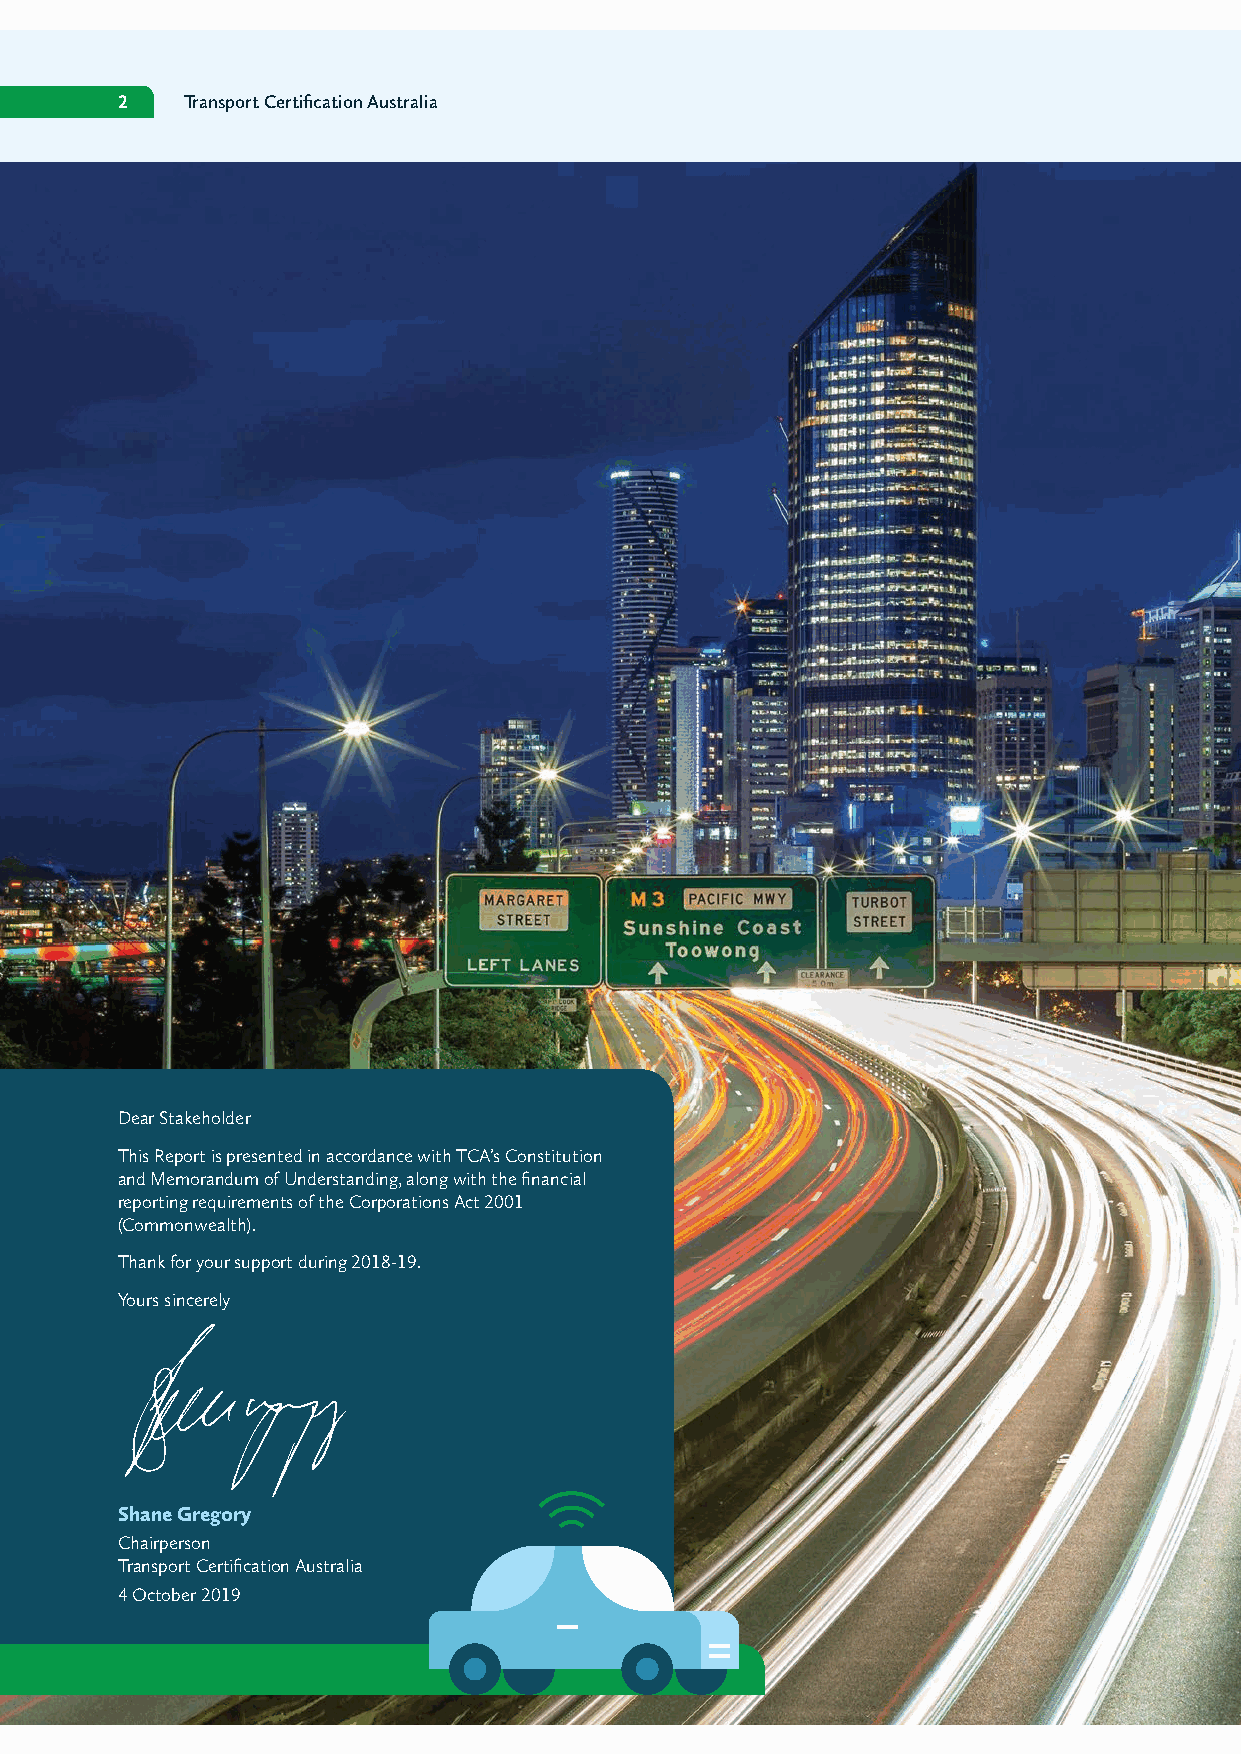
2   Transport Certification Australia
 Dear Stakeholder
 This Report is presented in accordance with TCA’s Constitution
 and Memorandum of Understanding, along with the financial
 reporting requirements of the Corporations Act 2001
 (Commonwealth).
 Thank for your support during 2018-19.
 Yours sincerely
 Shane Gregory
 Chairperson
 Transport Certification Australia
 4 October 2019